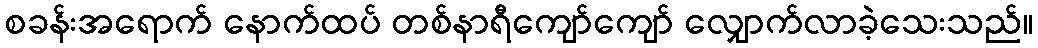
စခန်းအရောက် နောက်ထပ် တစ်နာရီကျော်ကျော် လျှောက်လာခဲ့သေးသည်။